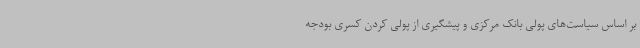
بر اساس سیاست‌های پولی بانک مرکزی و پیشگیری از پولی کردن کسری بودجه